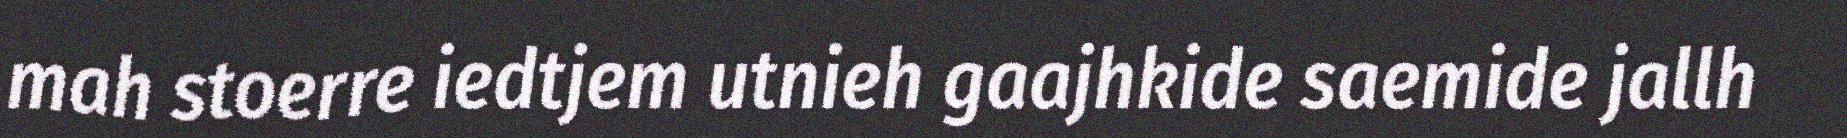
mah stoerre iedtjem utnieh gaajhkide saemide jallh